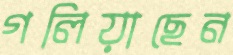
গলিয়াছেন